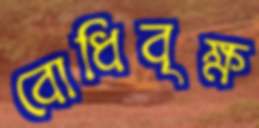
বোধিবৃক্ষ